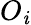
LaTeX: O_{\mathit{i}}